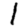
Digit: 1